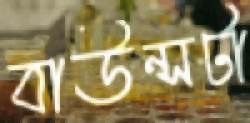
বাউন্সটা